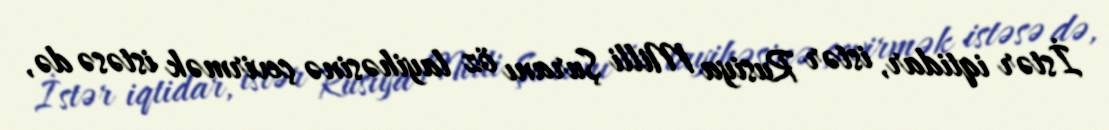
İstər iqtidar, istər Rusiya Milli Şuranı öz layihəsinə çevirmək istəsə də,